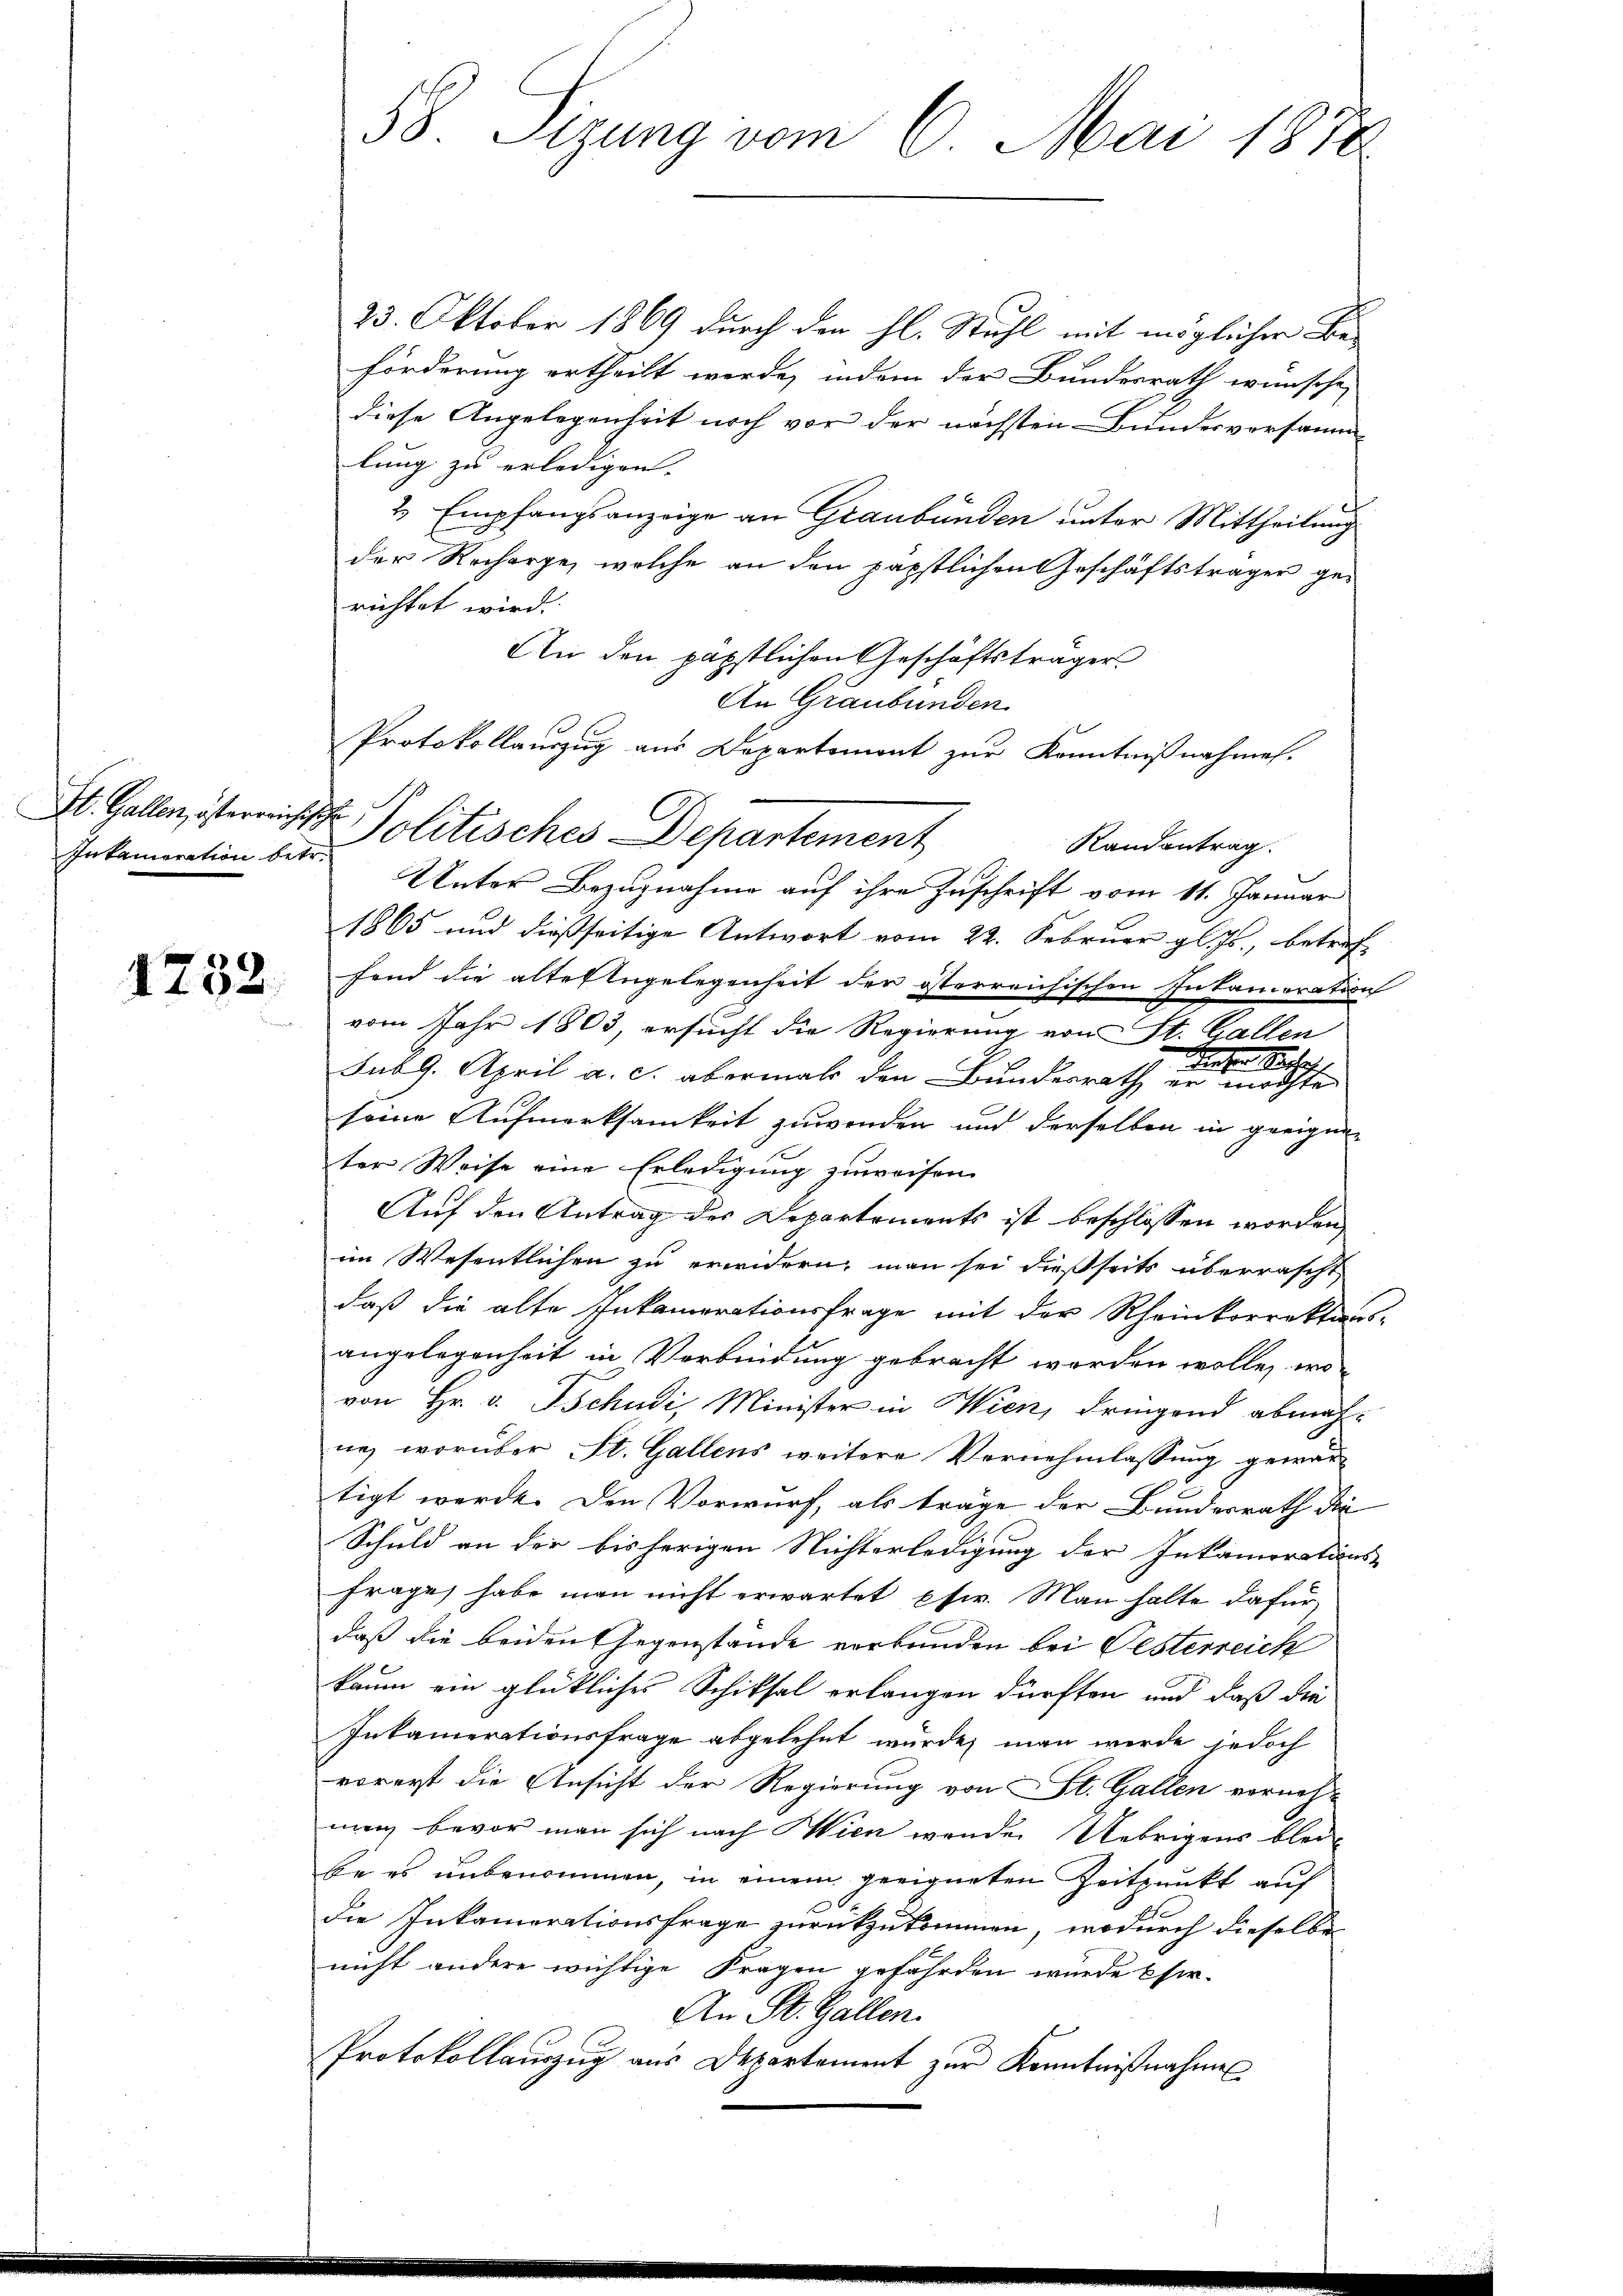
St. Gallen, österreich
Inkameration betr.

1732

58. Sizung vom 6. Mai 1878

An Graubünden
Protokollauszug aus Departemont zur Kenntnißnahmen.
h
Politisches Departement

23. Oktober 1869 durch den hl. Stuhl mit möglicher Be-
förderung ertheilt werde, indem der Bundesrath wünsche
diese Angelegenheit noch vor der nächsten Bundesversamm
lung zu erledigen. |
2 Empfangsanzeige an Graubünden unter Mittheilung
der Recharge, welche an den päpstlichen Geschäftsträger gerichtet wird.
An den päpstlichen Geschäftsträger
Randantrag.
Unter Bezugnahme auf ihre Zuschrift vom 11. Januar
1865 und dießseitige Antwort vom 22. Februar gl. Js., betref
fend die alte Engelegenheit der österreichischen Intamcoration
vom Jahr 1803, ersucht die Regierung von St. Gallen
sub 9. April a. c. abermals den Bunderrath, daher d
rachte
seine Aufmerksamkeit zuwenden und derselben in geeigne-
ter Weise eine Erledigung zuweisen.
Auf den Antrag des Departements ist beschlossen worden,
im Wesentlichen zu erwidern, man sei dießseits überrascht
daß die alte Inkamerationsfrage mit der Rheinkorrektons-
angelegenheit in Verbindung gebracht worden wolle, wo
von Hr. v. Tschudi, Minister in Wien, dringend abmahne, worüber St. Gallens weitere Vernehmlassung gewärtigt werde. Den Vorwurf, als träge der Bundesrath die
Schuld an der bisherigen Nichterledigung der Inkamorations-
Frage habe man nicht erwartet, pfer. Man halte dafür,
daß die beident gegenstände verbunden bei Festerreich
kaum ein glückliches Schiksal erlangen dürften und daß die
Inkamerationsfrage abgelehnt würde, man werde jedoch
vorerst die Ansicht der Regierung von St. Gallen vornehmen bevor man sich nach Wien wenden Uebrigens blei-
Eie es unbenommen, in einem geeigneten Zeitpunkt auf
die Inkamerationsfrage zurückzukommen, wodurch dieselbe
nicht andere wichtige Fragen gefährden wurde Esir-
An St. Gallen.
Protokollauszug aus Departement zur Kenntnißnahmen